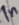
Text: In